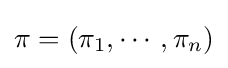
\pi =(\pi _{1},\cdots ,\pi _{n})